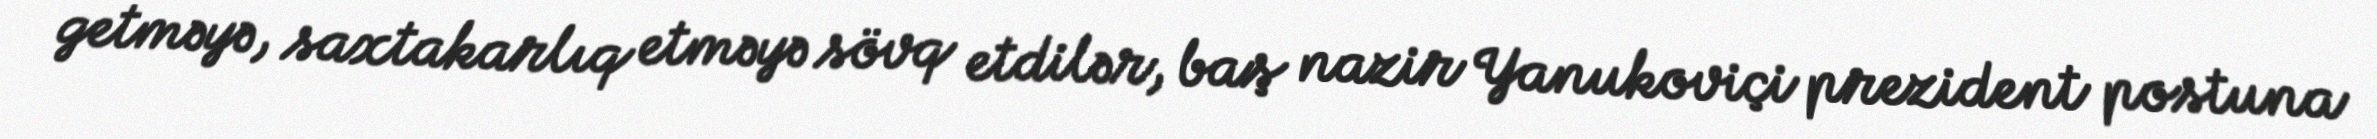
getməyə, saxtakarlıq etməyə sövq etdilər, baş nazir Yanukoviçi prezident postuna